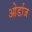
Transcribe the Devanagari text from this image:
ओर्डाज